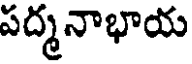
పద్మనాభాయ